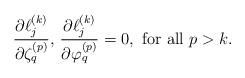
LaTeX: \begin{align*}\frac{\partial \ell_j^{(k)}}{\partial \zeta_q^{(p)}},\, \frac{\partial \ell_j^{(k)}}{\partial \varphi_q^{(p)}} = 0, \mbox{ for all } p>k.\end{align*}